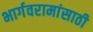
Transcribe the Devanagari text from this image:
भार्गवरामांसाठी